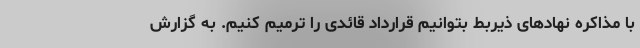
با مذاکره نهادهای ذیربط بتوانیم قرارداد قائدی را ترمیم کنیم. به گزارش